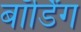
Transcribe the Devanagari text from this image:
बॉर्डिंग